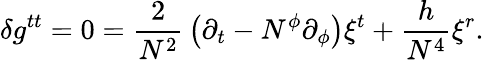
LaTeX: \delta g^{tt}=0={\frac{2}{N^{2}}}\left(\partial_{t}-N^{\phi}\partial_{\phi}\right)\xi^{t}+{\frac{h}{N^{4}}}\xi^{r}.